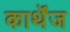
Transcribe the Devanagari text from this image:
कार्थेंज